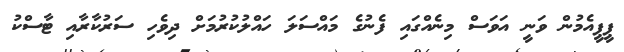
ޕީޕީއެމުން ވަނީ އަވަސް މިނެއްގައި ފެނުގެ މައްސަލަ ހަައްލުކުރުމަށް ދިވެހި ސަރުކާރާއި ޓާސްކު